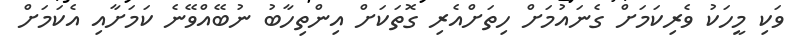
ވަކި މީހަކު ވެރިކަމަށް ގެނައުމަށް ހިތަށްއެރި ގޮތަކަށް އިންތިހާބު ނުބޭއްވޭނެ ކަމަށާއި އެކަމަށް